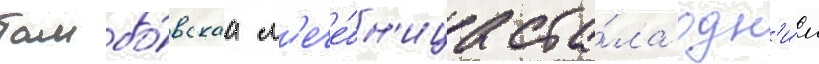
тамбо́вскаа л'ече́бн'ица ста́ла одн'и́м